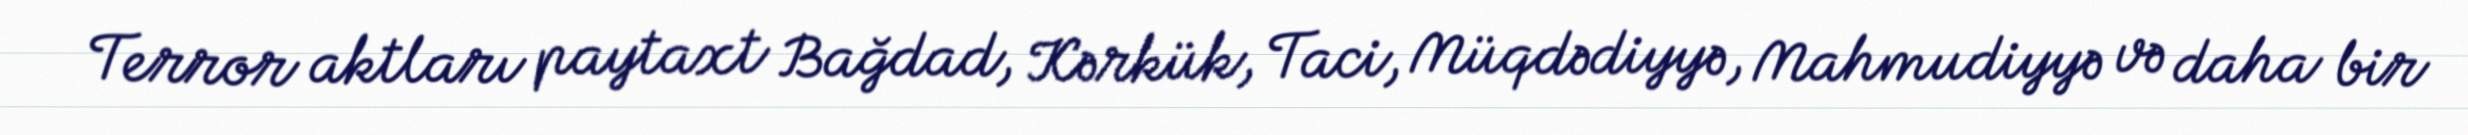
Terror aktları paytaxt Bağdad, Kərkük, Taci, Müqdədiyyə, Mahmudiyyə və daha bir